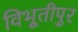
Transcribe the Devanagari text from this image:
विभूतीपुर